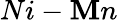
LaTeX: Ni-\mathbf{M}n